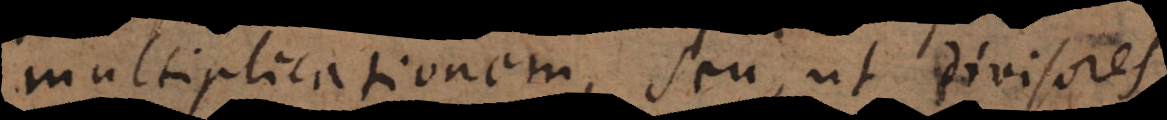
multiplicationem, seu, ut divisores